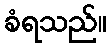
ခံရသည်။